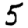
Digit: 5